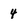
Character: 4